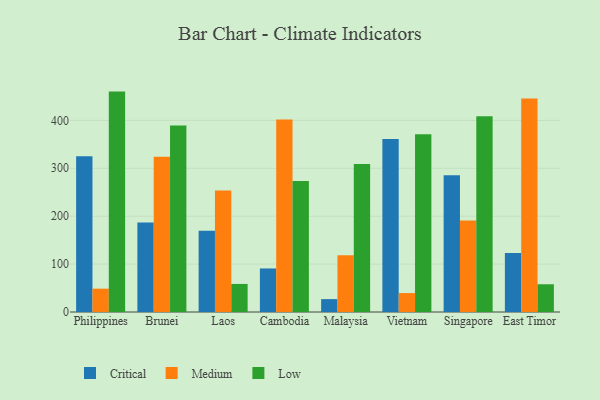
{"axis": {"x": "Country", "y": "Budget (USD K)"}, "legend": ["Critical", "Low", "Medium"], "data": [{"x": "Philippines", "y": 325.1, "type": "Critical"}, {"x": "Philippines", "y": 48.7, "type": "Medium"}, {"x": "Philippines", "y": 460.1, "type": "Low"}, {"x": "Brunei", "y": 186.7, "type": "Critical"}, {"x": "Brunei", "y": 324.1, "type": "Medium"}, {"x": "Brunei", "y": 389.1, "type": "Low"}, {"x": "Laos", "y": 169.7, "type": "Critical"}, {"x": "Laos", "y": 253.4, "type": "Medium"}, {"x": "Laos", "y": 58.6, "type": "Low"}, {"x": "Cambodia", "y": 90.9, "type": "Critical"}, {"x": "Cambodia", "y": 401.7, "type": "Medium"}, {"x": "Cambodia", "y": 273.3, "type": "Low"}, {"x": "Malaysia", "y": 26.9, "type": "Critical"}, {"x": "Malaysia", "y": 118.5, "type": "Medium"}, {"x": "Malaysia", "y": 308.7, "type": "Low"}, {"x": "Vietnam", "y": 361.1, "type": "Critical"}, {"x": "Vietnam", "y": 39.5, "type": "Medium"}, {"x": "Vietnam", "y": 370.9, "type": "Low"}, {"x": "Singapore", "y": 285.5, "type": "Critical"}, {"x": "Singapore", "y": 191.0, "type": "Medium"}, {"x": "Singapore", "y": 408.7, "type": "Low"}, {"x": "East Timor", "y": 123.4, "type": "Critical"}, {"x": "East Timor", "y": 445.9, "type": "Medium"}, {"x": "East Timor", "y": 57.9, "type": "Low"}]}